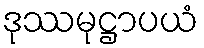
ဒုဿမုဋ္ဌာပယံ